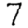
Digit: 7